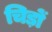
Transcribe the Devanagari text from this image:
चिड़ों